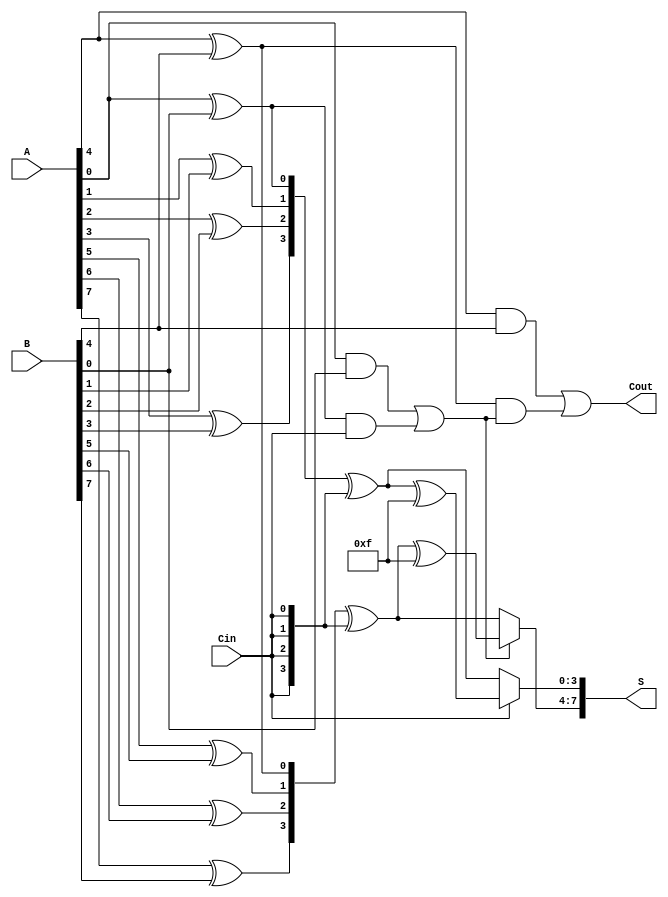
module PSC_Adder #(parameter N = 8,    // Total number of bits
                   parameter M = 4)    // Block size
(
    input  wire [N-1:0] A, 
    input  wire [N-1:0] B, 
    input  wire Cin,
    output wire [N-1:0] S,
    output wire Cout
);

    // Number of segments
    localparam NUM_SEGMENTS = N / M;

    // Intermediate wires for generate and propagate
    wire [M-1:0] G [NUM_SEGMENTS-1:0]; // Generate
    wire [M-1:0] P [NUM_SEGMENTS-1:0]; // Propagate
    wire [NUM_SEGMENTS:0] C; // Carry signals

    // Generate and Propagate calculation
    genvar i, j;
    generate
        for (i = 0; i < NUM_SEGMENTS; i = i + 1) begin : gen_propagate
            for (j = 0; j < M; j = j + 1) begin
                assign G[i][j] = A[i*M + j] & B[i*M + j];
                assign P[i][j] = A[i*M + j] ^ B[i*M + j];
            end
        end
    endgenerate

    // Carry generation using Parallel Prefix (Kogge-Stone for simplicity)
    assign C[0] = Cin; // Initial carry-in
    generate
        for (i = 0; i < NUM_SEGMENTS; i = i + 1) begin : carry_gen
            if (i == 0) begin
                assign C[i+1] = G[i][0] | (P[i][0] & C[i]);
            end else begin
                assign C[i+1] = G[i][0] | (P[i][0] & C[i]);
            end
        end
    endgenerate

    // Compute sums for each segment
    wire [N-1:0] S0 [NUM_SEGMENTS-1:0]; // Sums assuming carry-in = 0
    wire [N-1:0] S1 [NUM_SEGMENTS-1:0]; // Sums assuming carry-in = 1

    generate
        for (i = 0; i < NUM_SEGMENTS; i = i + 1) begin : sum_calc
            assign S0[i] = P[i] ^ {M{C[0]}};
            assign S1[i] = S0[i] ^ {M{1'b1}};
        end
    endgenerate

    // Mux to select correct sum based on carry-out
    generate
        for (i = 0; i < NUM_SEGMENTS; i = i + 1) begin : select_sum
            assign S[i*M +: M] = C[i] ? S1[i] : S0[i];
        end
    endgenerate

    // Final carry-out
    assign Cout = C[NUM_SEGMENTS];

endmodule